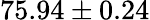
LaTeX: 75.94\pm 0.24